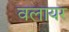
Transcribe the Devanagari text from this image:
वलायर